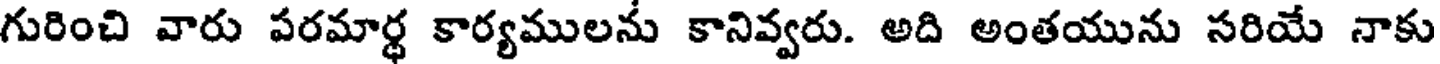
గురించి వారు పరమార్థ కార్యములను కానివ్వరు. అది అంతయును సరియే నాకు